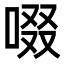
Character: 啜